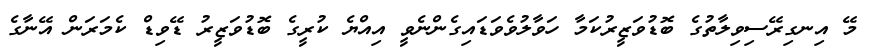
މޭ އިނގިރޭސިވިލާތުގެ ބޮޑުވަޒީރުކަމާ ހަވާލުވެވަޑައިގެންނެވީ އިއްޔެ ކުރީގެ ބޮޑުވަޒީރު ޑޭވިޑް ކެމަރަން އޭނާގެ